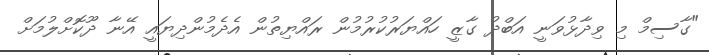
"ގާސިމް މި ވިދާޅުވަނީ އަބްދު ގާޒީ ހައްޔަރުކުރުމުން ރައްޔިތުން އެދެމުންދިޔައީ އޭނާ ދޫކޮށްލުމަށް